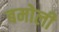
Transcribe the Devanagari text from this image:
बमोली